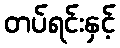
တပ်ရင်းနှင့်